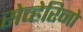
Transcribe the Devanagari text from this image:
सेव्हेरिनो